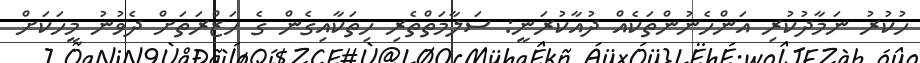
ހުކުރު ނަމާދުކުރި އަންހެނުންތަކެއް ދުއާކުރަނީ: ސަލާމަތްތެރި ހިތަކާއިގެން ގެ ހަޒްރަތަށް ދެވުނު މީހަކަށް